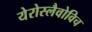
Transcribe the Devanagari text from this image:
येरोस्लैवोविच